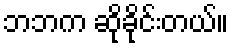
ဘဘက ဆိုခိုင်းတယ်။